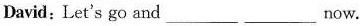
David:Let's go and___ ___now.